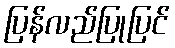
ပြန်လည်ပြုပြင်